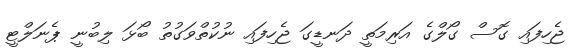
ޖެހިފައި ގޮސް ގޯލްގެ އަރިމަތީ ދަނޑީގަ ޖެހިފައި ނުކުތްވަގުތު ބޯޅަ ލިބުނީ ޕެނަލްޓީ